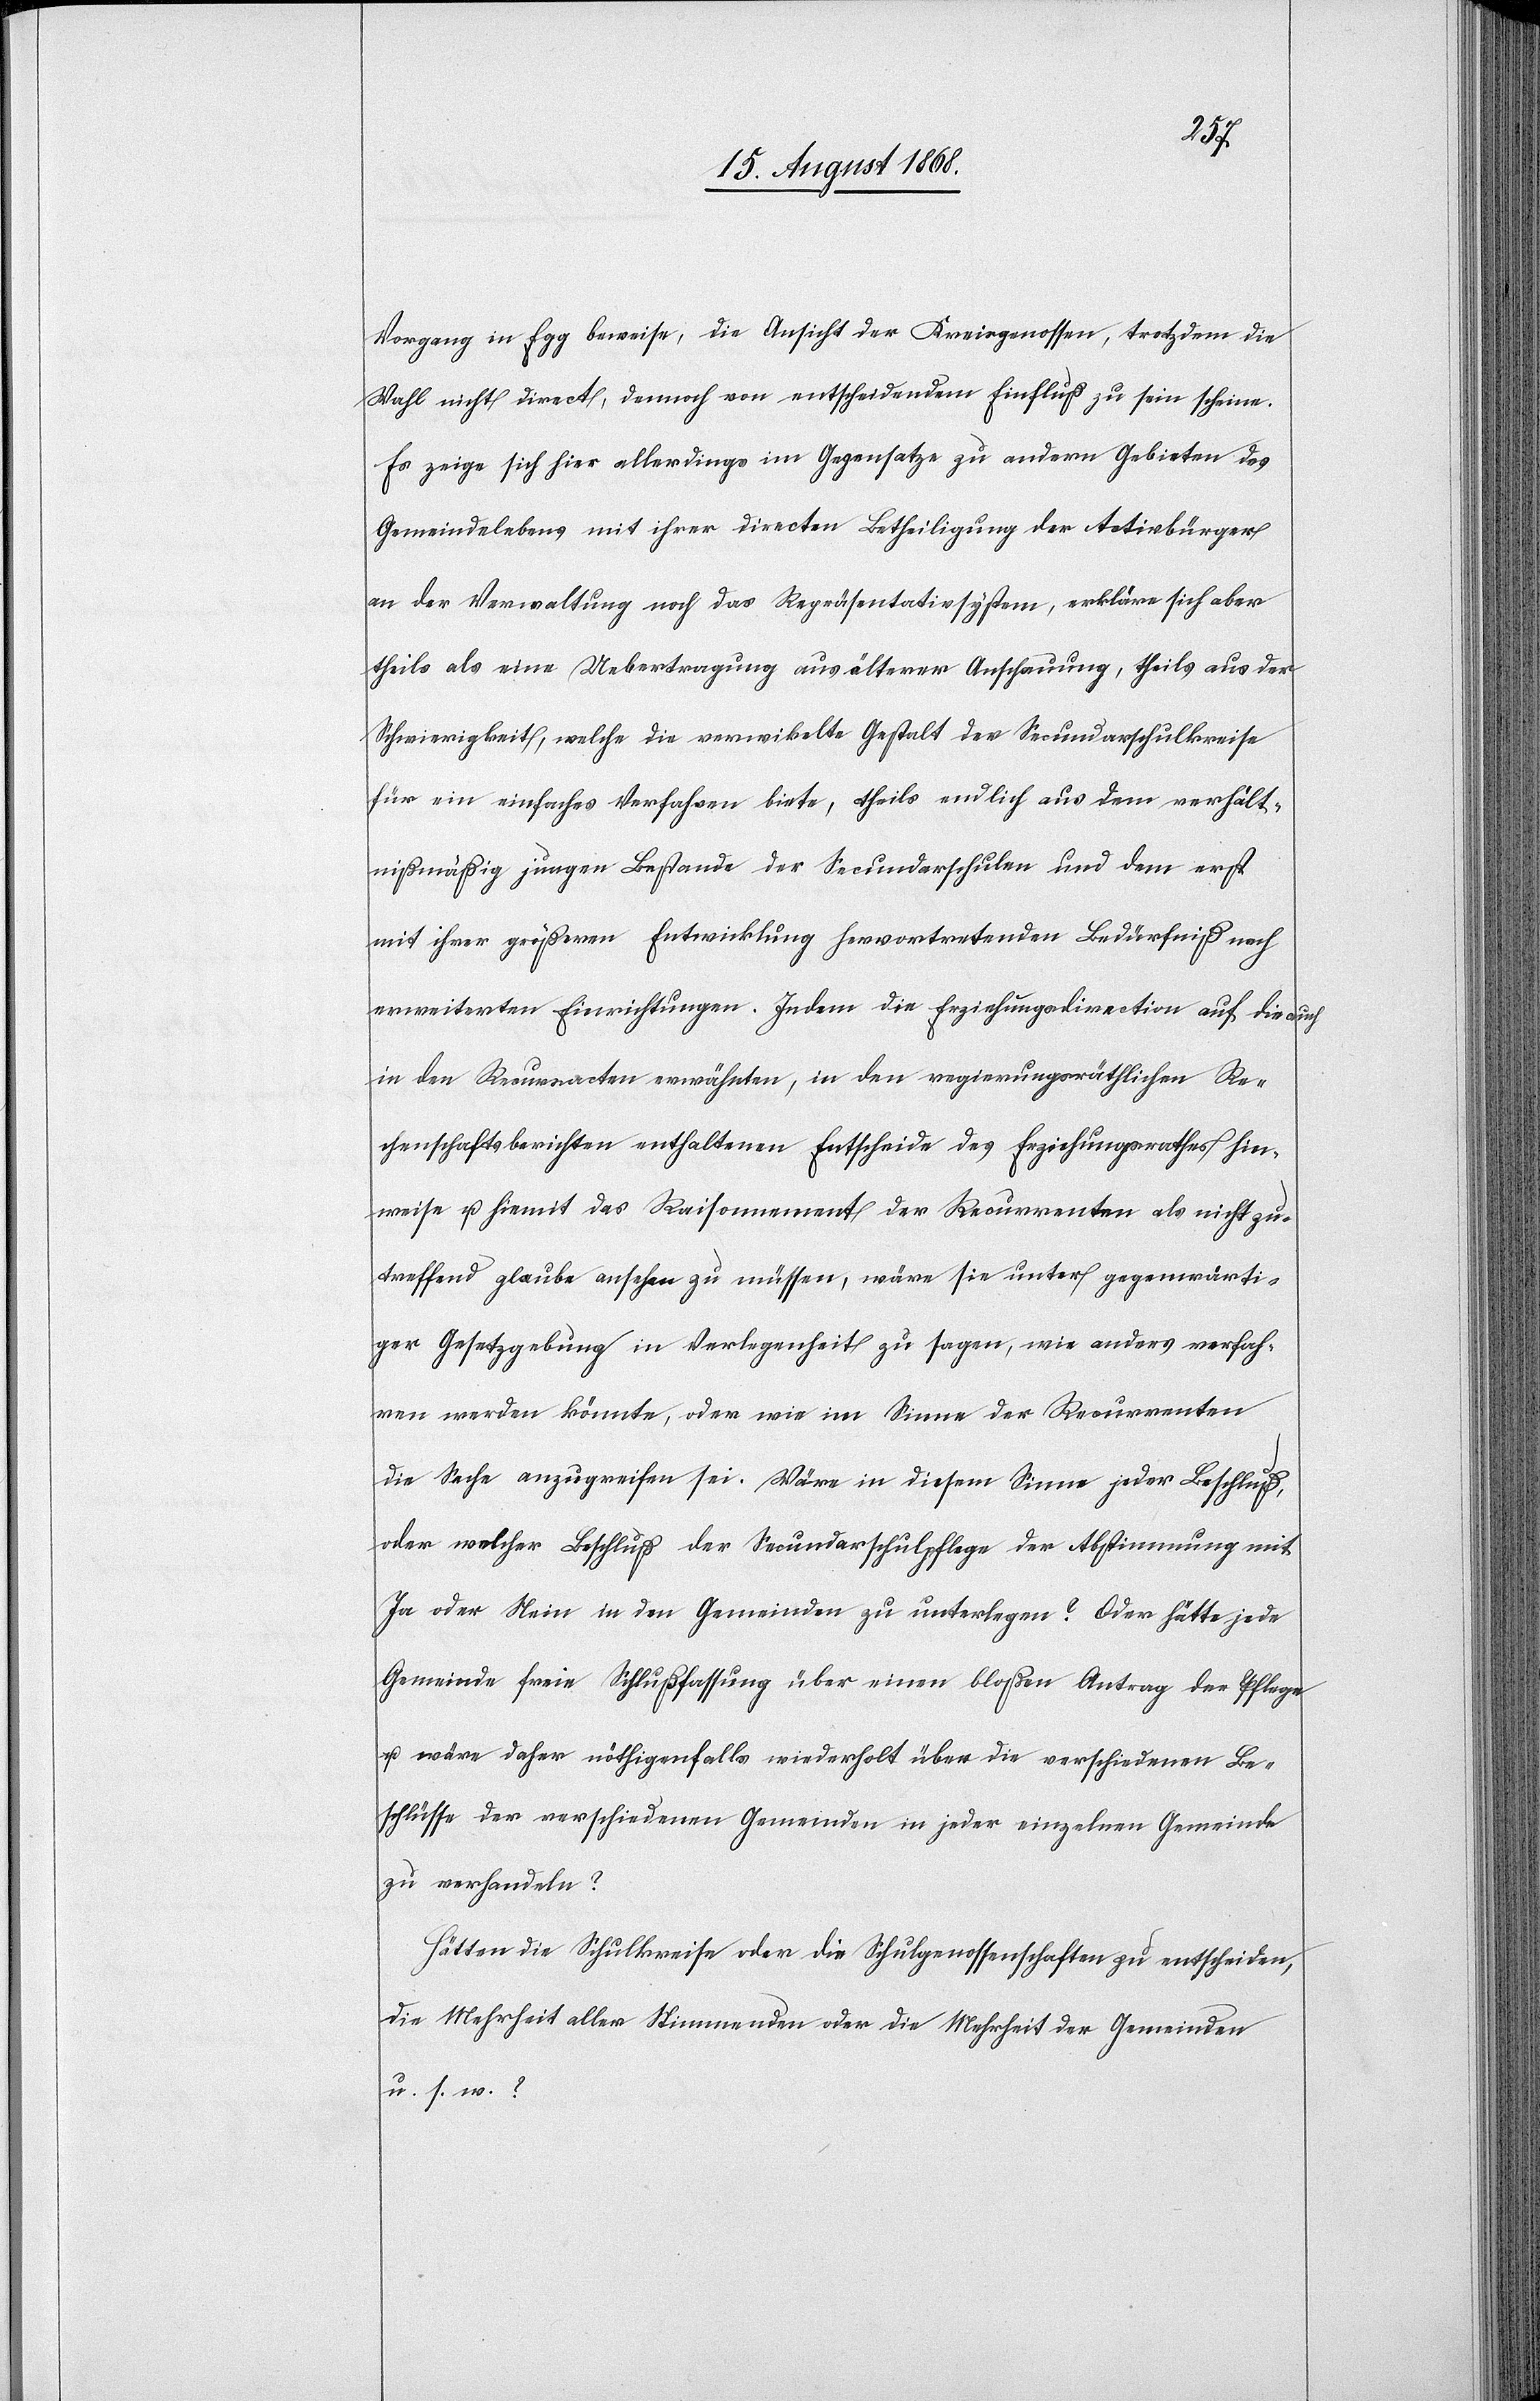
Vorgang in Egg beweise, die Ansicht der Kreisgenossen, trotzdem die
Wahl nicht direct, dennoch von entscheidendem Einfluß zu sein scheine.
Es zeige sich hier allerdings im Gegensatze zu andern Gebieten des
Gemeindelebens mit ihrer directen Betheiligung der Activbürger
an der Verwaltung noch das Repräsentativsystem, erkläre sich aber
theils als eine Uebertragung aus älterer Anschauung, theils aus der
Schwierigkeit, welche die verwikelte Gestalt der Secundarschulkreise
für ein einfaches Verfahren biete, theils endlich aus dem verhält¬
nißmäßig jungen Bestande der Secundarschulen und dem erst
mit ihrer größeren Entwicklung hervortretenden Bedürfniß nach
erweiterten Einrichtungen. Indem die Erziehungsdirection auf die auch
in den Recursacten erwähnten, in den regierungsräthlichen Re¬
chenschaftsberichten enthaltenen Entscheide des Erziehungsrathes hin¬
weise u. hiemit das Raisonnement der Recurrenten als nicht zu¬
treffend glaube ansehen zu müssen, wäre sie unter gegenwärti¬
ger Gesetzgebung in Verlegenheit zu sagen, wie anders verfah¬
ren werden könnte, oder wie im Sinne der Recurrenten
die Sache anzugreifen sei. Wäre in diesem Sinne jeder Beschluß,
oder welcher Beschluß der Secundarschulpflege der Abstimmung mit
Ja oder Nein in den Gemeinden zu unterlegen? Oder hätte jede
Gemeinde freie Schlußfassung über einen bloßen Antrag der Pflege
u. wäre daher nöthigenfalls wiederholt über die verschiedenen Be¬
schlüsse der verschiedenen Gemeinden in jeder einzelnen Gemeinde
zu verhandeln?
Hätten die Schulkreise oder die Schulgenossenschaften zu entscheiden,
die Mehrheit aller Stimmenden oder die Mehrheit der Gemeinden
u. s. w.?